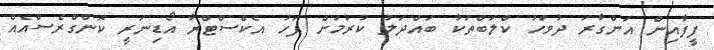
ފީފާއިން އަންގާރަ ދުވަހު ކްލަބްތަކާ ބައްދަލު ކުރުމަށް ފަހު އެކްސްޓްރާ އޯޑިނަރީ ކޮންގްރެސްއެއް